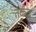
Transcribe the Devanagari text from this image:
तर्कद